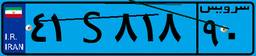
۴۱S۸۱۸۹۰